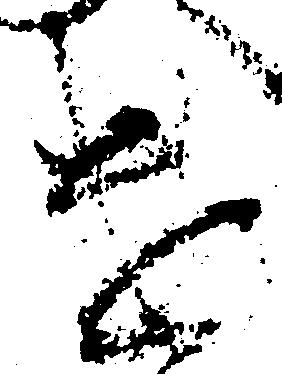
遣